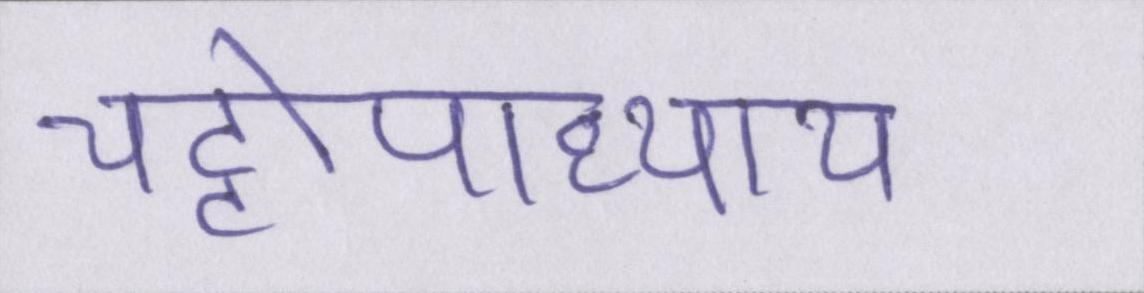
चट्टोपाध्याय